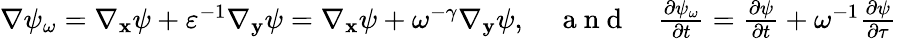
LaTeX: \begin{array}{r}{\nabla\psi_{\omega}=\nabla_{\mathbf x}\psi+\varepsilon^{-1}\nabla_{\mathbf y}\psi=\nabla_{\mathbf x}\psi+\omega^{-\gamma}\nabla_{\mathbf y}\psi,\quad\mathrm{~a~n~d~}\quad\frac{\partial\psi_{\omega}}{\partial t}=\frac{\partial\psi}{\partial t}+\omega^{-1}\frac{\partial\psi}{\partial\tau}}\end{array}